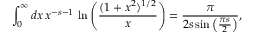
\int _ { 0 } ^ { \infty } d x \, x ^ { - s - 1 } \, \ln \left( \frac { ( 1 + x ^ { 2 } ) ^ { 1 / 2 } } { x } \right) = { \frac { \pi } { 2 s \sin \left( \frac { \pi s } { 2 } \right) } } ,